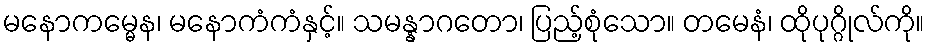
မနောကမ္မေန၊ မနောကံကံနှင့်။ သမန္နာဂတော၊ ပြည့်စုံသော။ တမေနံ၊ ထိုပုဂ္ဂိုလ်ကို။